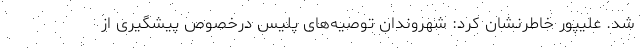
شد. علیپور خاطرنشان کرد: شهروندان توصیه‌های پلیس درخصوص پیشگیری از